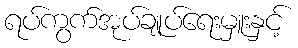
ရပ်ကွက်အုပ်ချုပ်ရေးမှူးနှင့်